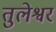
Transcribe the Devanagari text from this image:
तुलेश्वर